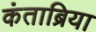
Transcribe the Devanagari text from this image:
कंताब्रिया